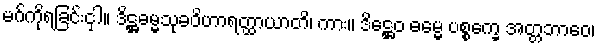
မဂ်ကိုရခြင်းငှါ။ ဒိဋ္ဌဓမ္မသုခဝိဟာရတ္ထာယာတိ၊ ကား။ ဒိဋ္ဌေဝ ဓမ္မေ ပစ္စက္ခေ အတ္တဘာဝေ၊